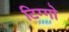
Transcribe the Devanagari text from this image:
टिग्गो